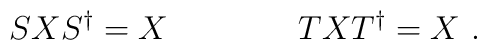
S X S^{\dagger} = X \qquad  \qquad  T X T^{\dagger} = X \ .